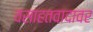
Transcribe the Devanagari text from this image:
वसाहतवादावर